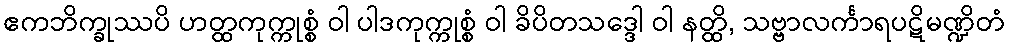
ဧကဘိက္ခုဿပိ ဟတ္ထကုက္ကုစ္စံ ဝါ ပါဒကုက္ကုစ္စံ ဝါ ခိပိတသဒ္ဒေါ ဝါ နတ္ထိ, သဗ္ဗာလင်္ကာရပဋိမဏ္ဍိတံ